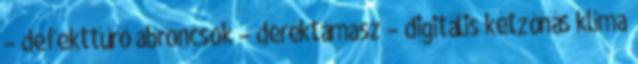
– defekttűrő abroncsok – deréktámasz – digitális kétzónás klíma